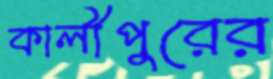
কালীপুরের